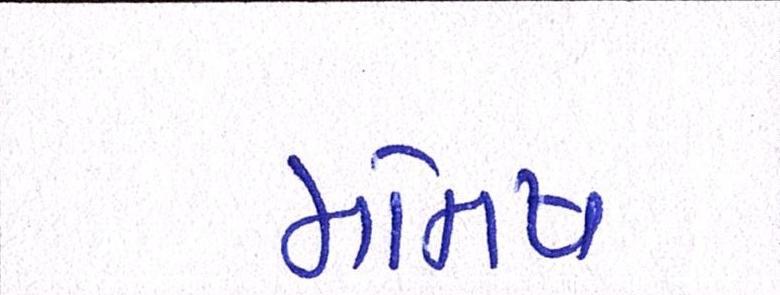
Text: મનિષ